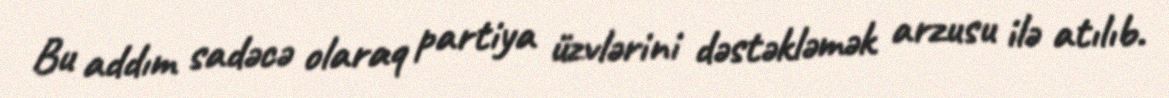
Bu addım sadəcə olaraq partiya üzvlərini dəstəkləmək arzusu ilə atılıb.